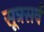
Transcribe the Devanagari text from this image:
सूत्रसर्व